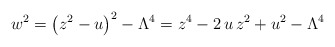
\begin{align*}w^2=\left ( z^2 - u \right )^2 - \Lambda^{4}=z^4 - 2\, u \, z^2 + u^2 - \Lambda^4\end{align*}